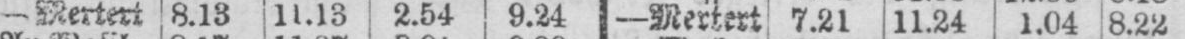
- Mertert 8.13 11.13 2.54 9.24 - Mertert 7.21 11.24 1.04 8.22